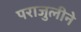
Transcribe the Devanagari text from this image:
पराजुलीने